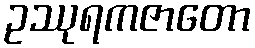
ဥဿုရကဇာတော